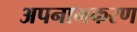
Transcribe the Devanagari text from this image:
अपनामकरण